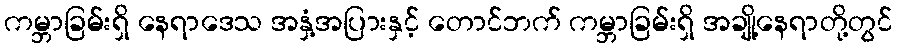
ကမ္ဘာခြမ်းရှိ နေရာဒေသ အနှံ့အပြားနှင့် တောင်ဘက် ကမ္ဘာခြမ်းရှိ အချို့နေရာတို့တွင်